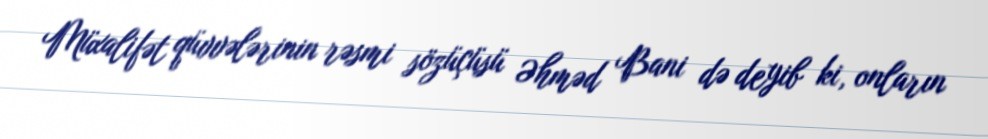
Müxalifət qüvvələrinin rəsmi sözüçüsü Əhməd Bani də deyib ki, onların